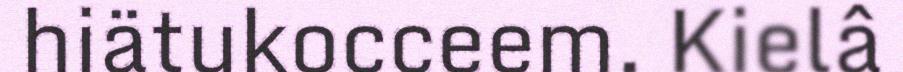
hiätukocceem. Kielâ